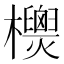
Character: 𣠙